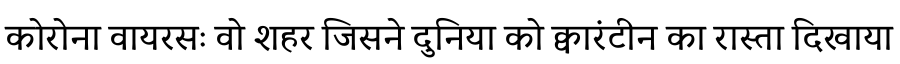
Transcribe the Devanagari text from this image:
कोरोना वायरसः वो शहर जिसने दुनिया को क्वारंटीन का रास्ता दिखाया